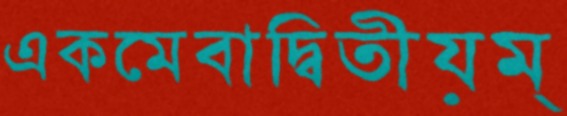
একমেবাদ্বিতীয়ম্